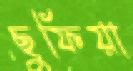
ছুফিয়া